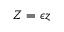
Z = \epsilon z